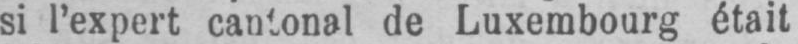
de Luxembourg était